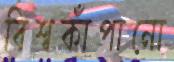
বিশ্বকাঁপানো